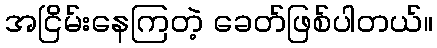
အငြိမ်းနေကြတဲ့ ခေတ်ဖြစ်ပါတယ်။